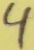
Text: 4